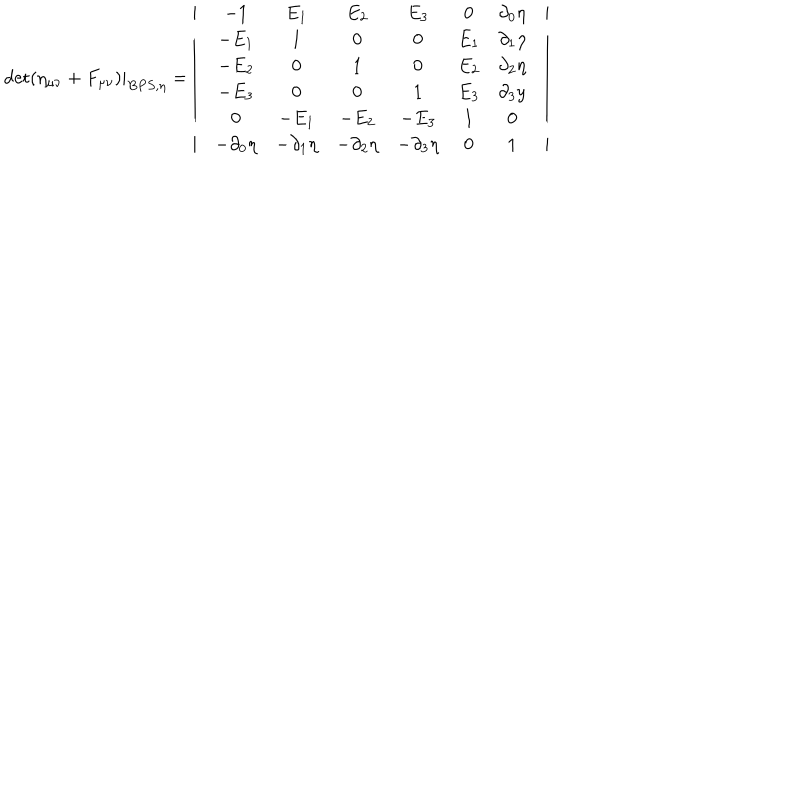
{ \det ( \eta _ { \mu \nu } + F _ { \mu \nu } ) | } _ { B P S , \eta } = \left| \begin{array} { c } { { \begin{array} { c c } { { \begin{array} { c c c } { { \begin{array} { c c c c } { { \begin{array} { c c c c c } { { \begin{array} { c c c c c c } { { - 1 } } & { { E _ { 1 } } } & { { E _ { 2 } } } & { { E _ { 3 } } } & { { 0 } } & { { \partial _ { 0 } \eta } } \\ { { - E _ { 1 } } } & { { 1 } } & { { 0 } } & { { 0 } } & { { E _ { 1 } } } & { { \partial _ { 1 } \eta } } \\ { { - E _ { 2 } } } & { { 0 } } & { { 1 } } & { { 0 } } & { { E _ { 2 } } } & { { \partial _ { 2 } \eta } } \\ { { - E _ { 3 } } } & { { 0 } } & { { 0 } } & { { 1 } } & { { E _ { 3 } } } & { { \partial _ { 3 } y } } \\ { { 0 } } & { { - E _ { 1 } } } & { { - E _ { 2 } } } & { { - E _ { 3 } } } & { { 1 } } & { { 0 } } \\ { { - \partial _ { 0 } \eta } } & { { - \partial _ { 1 } \eta } } & { { - \partial _ { 2 } \eta } } & { { - \partial _ { 3 } \eta } } & { { 0 } } & { { 1 } } \\ \end{array} } } \\ \end{array} } } \\ \end{array} } } \\ \end{array} } } \\ \end{array} } } \\ \end{array} \right|